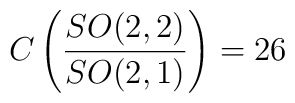
C\left(\frac{SO(2,2)}{SO(2,1)}\right) = 26